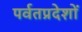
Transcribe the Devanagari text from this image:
पर्वतप्रदेशों